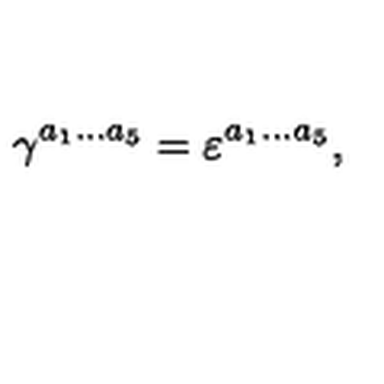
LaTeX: \gamma ^ { a _ { 1 } \ldots a _ { 5 } } = \varepsilon ^ { a _ { 1 } \ldots a _ { 5 } } ,